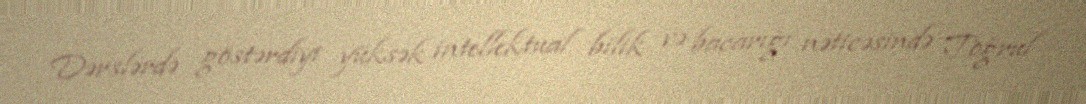
Dərslərdə göstərdiyi yüksək intellektual bilik və bacarığı nəticəsində Toğrul